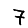
Digit: 7